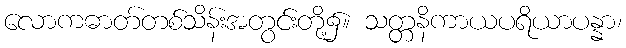
လောကဓာတ်တစ်သိန်းအတွင်းတို့၌။ သတ္တနိကာယပရိယာပန္နာ၊